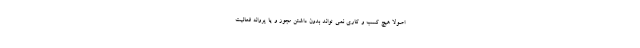
اصولا هیچ کسب و کاری نمی تواند بدون داشتن مجوز و یا پروانه فعالیت